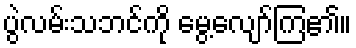
ပွဲလမ်းသဘင်ကို မွေ့လျော်ကြ၏။